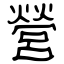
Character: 營